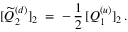
[ \widetilde { Q } _ { 2 } ^ { ( d ) } ] _ { 2 } \; = \; - \, \frac { 1 } { 2 } \, [ Q _ { 1 } ^ { ( u ) } ] _ { 2 } \, .